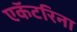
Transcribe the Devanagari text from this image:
एकॅटरिना